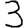
Digit: 3